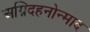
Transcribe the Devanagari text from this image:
अग्निदहनोन्माद